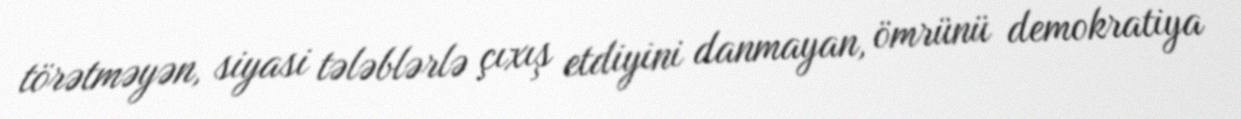
törətməyən, siyasi tələblərlə çıxış etdiyini danmayan, ömrünü demokratiya